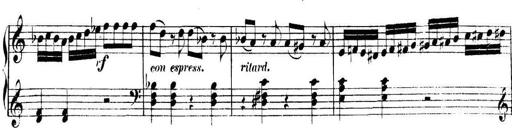
Title: Collected Piano Sonatas
Composer: Muzio Clementi